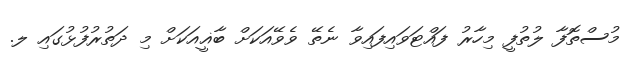
މުސްތޮފާ ލުތުފީ މިހާރު ފައްޓަވައިފައިވާ ނެތޭ ވެވޭއަކަށް ބާޣީއަކަށް މި ދަތުރުފުޅުގައި ލ.